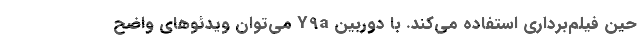
حین فیلم‌برداری استفاده می‌کند. با دوربین Y9a می‌توان ویدئوهای واضح